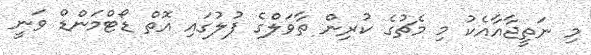
މި ނަތީޖާއާއެކު މި މެޗުގެ ކުރިން ތާވަލްގެ ފުލުގައި އޮތް ޑޯޓްމަންޑް ވަނީ